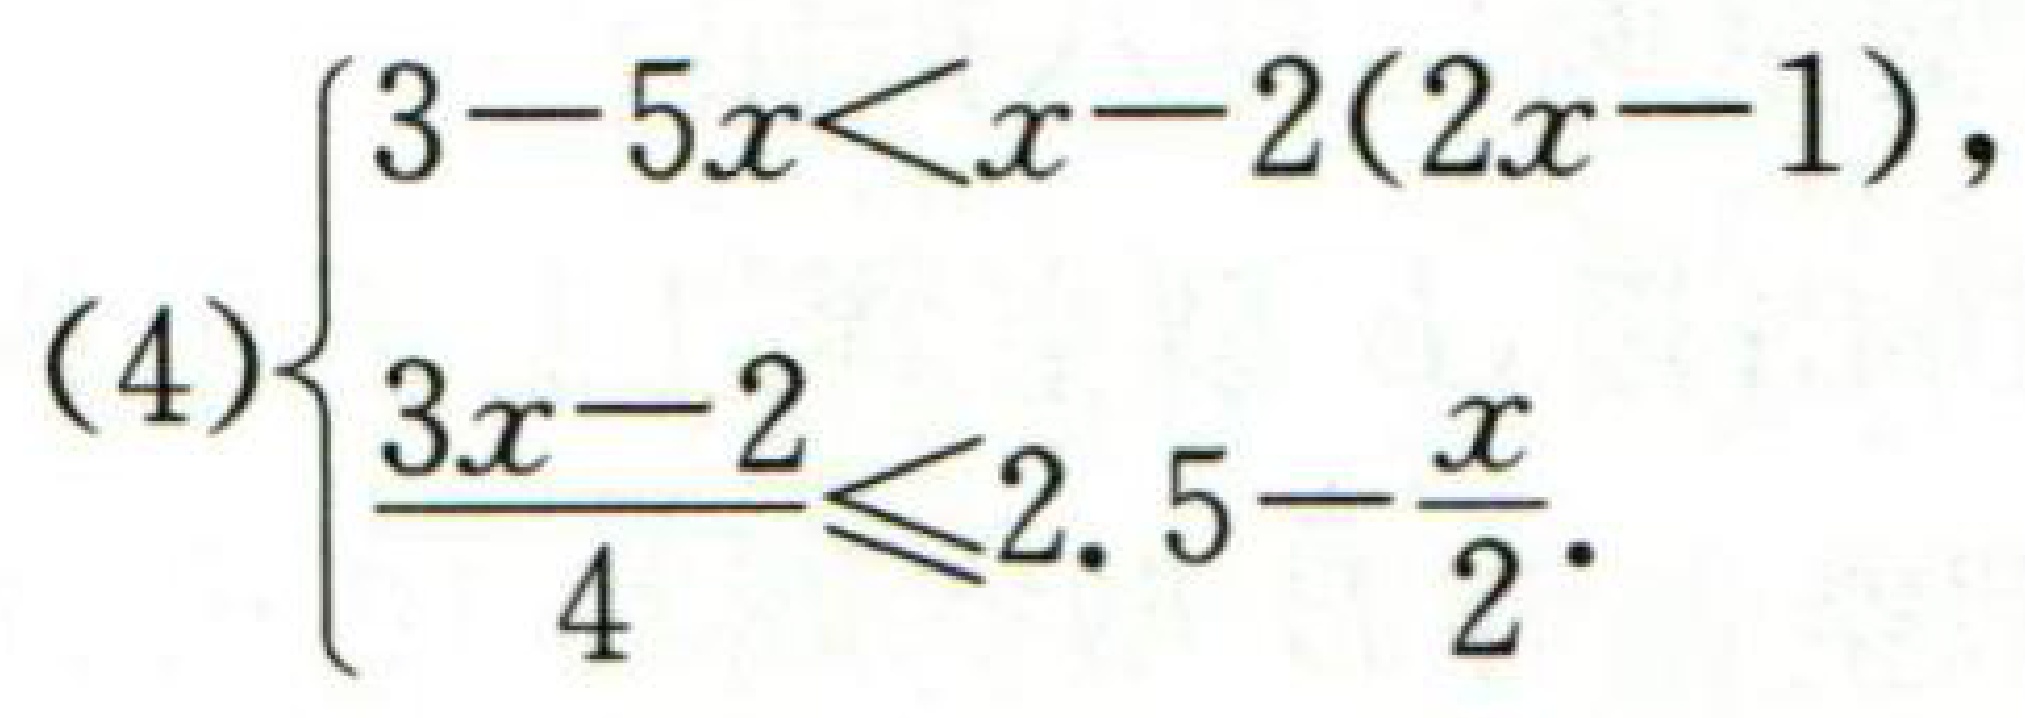
\[(4)\begin{cases}

3 - 5x < x - 2(2x - 1),\\

\frac{3x - 2}{4} \leq 2.5 - \frac{x}{2}.

\end{cases}\]